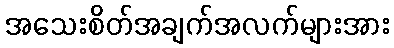
အသေးစိတ်အချက်အလက်များအား